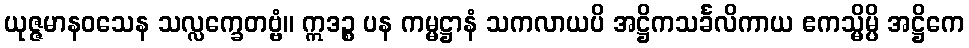
ယုဇ္ဇမာနဝသေန သလ္လက္ခေတဗ္ဗံ။ ဣဒဉ္စ ပန ကမ္မဋ္ဌာနံ သကလာယပိ အဋ္ဌိကသင်္ခလိကာယ ဧကသ္မိမ္ပိ အဋ္ဌိကေ